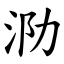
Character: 泐